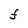
Character: F